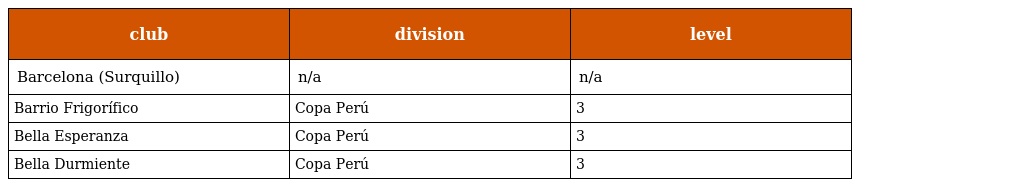
| club | division | level |
 | --- | --- | --- |
 | Barcelona (Surquillo) | n/a | n/a |
 | Barrio Frigorífico | Copa Perú | 3 |
 | Bella Esperanza | Copa Perú | 3 |
 | Bella Durmiente | Copa Perú | 3 |